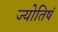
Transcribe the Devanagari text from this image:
ज्योतिषं